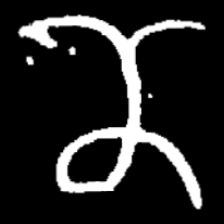
Pyu character \u2014 Myanmar letter: ဏ (romanized: nna)